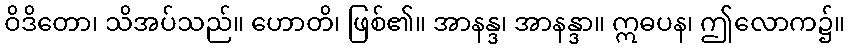
ဝိဒိတော၊ သိအပ်သည်။ ဟောတိ၊ ဖြစ်၏။ အာနန္ဒ၊ အာနန္ဒာ။ ဣဓပန၊ ဤလောက၌။